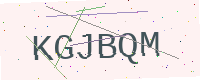
Text: KGJBQM